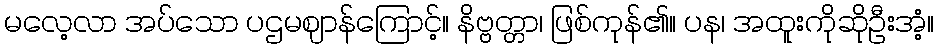
မလေ့လာ အပ်သော ပဌမဈာန်ကြောင့်။ နိဗ္ဗတ္တာ၊ ဖြစ်ကုန်၏။ ပန၊ အထူးကိုဆိုဦးအံ့။